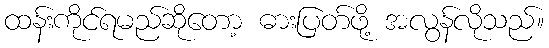
ထန်းကိုင်ရမည်ဆိုတော့ ဓားပြတ်ဖို့ အလွန်လိုသည်။